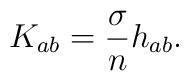
K_{ab}=\frac{\sigma}{n}h_{ab}.